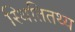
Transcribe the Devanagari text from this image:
स्थितितथ्य